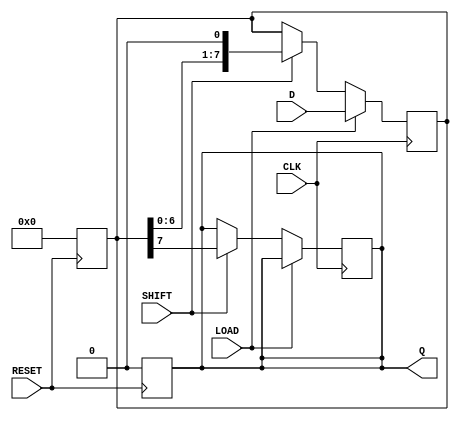
module PISO_Register #(
    parameter WIDTH = 8  // Configurable width of the data bus
)(
    input wire [WIDTH-1:0] D,     // Parallel input
    output reg Q,                  // Serial output
    input wire LOAD,               // Load control signal
    input wire SHIFT,              // Shift control signal
    input wire CLK,                // Clock signal
    input wire RESET               // Asynchronous reset signal
);

    reg [WIDTH-1:0] shift_reg;     // Shift register to hold the data
    integer i;                     // Loop variable

    // Asynchronous reset
    always @(posedge RESET) begin
        shift_reg <= {WIDTH{1'b0}}; // Clear the shift register
        Q <= 1'b0;                  // Clear the output
    end

    // Shift register logic
    always @(posedge CLK) begin
        if (LOAD) begin
            shift_reg <= D;         // Load parallel data into the shift register
        end else if (SHIFT) begin
            // Shift operation
            Q <= shift_reg[WIDTH-1]; // Output the MSB first
            shift_reg <= {shift_reg[WIDTH-2:0], 1'b0}; // Shift left
        end
    end

endmodule